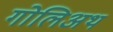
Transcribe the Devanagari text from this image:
गोलिअथ